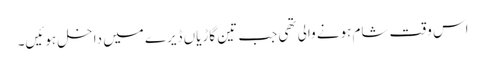
اس وقت شام ہونے والی تھی جب تین گاڑیاں ڈیرے میں داخل ہوئیں۔